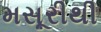
મસૂરીથી